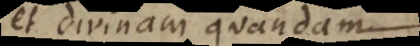
et divinam quandam